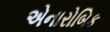
એનારોબિક